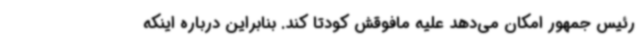
رئیس جمهور امکان می‌دهد علیه مافوقش کودتا کند. بنابراین درباره اینکه